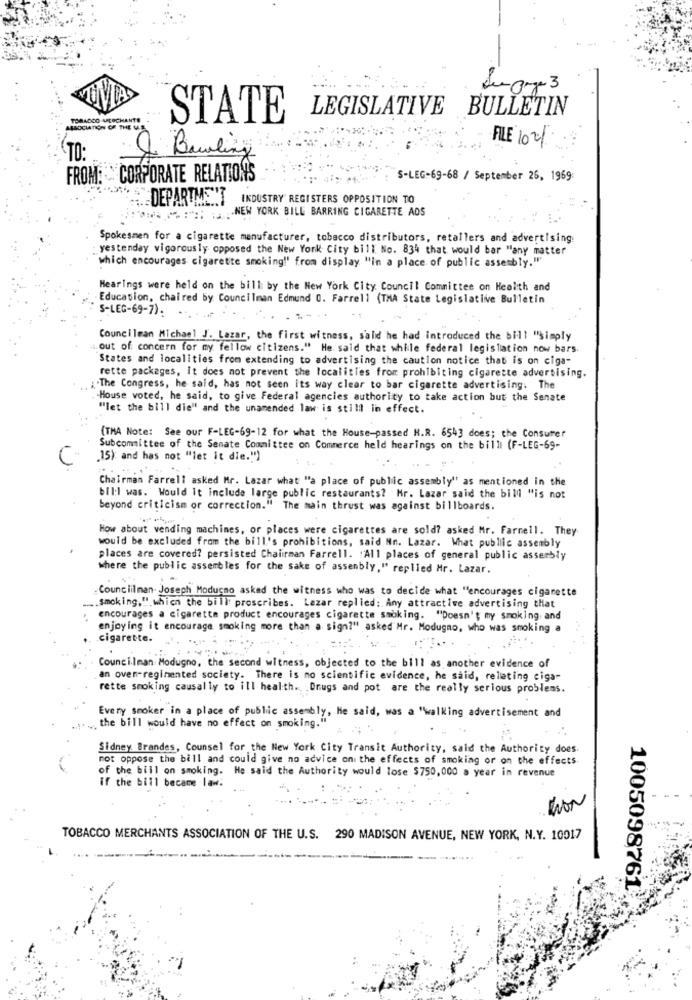
BULLETIN
TORADCO MICOCHANTE
STATE
LEGISLATIVE
ASSOCIATION OR THE ULE
FILE 1021
TO:
& Bowling
FROM: CORPORATE RELATIONS
S-LEG-69-68 / September 26, 1969:
DEPARTMENT INDUSTRY REGISTERS OPPOSITION TO
*:*; ;;- NEW YORK BILL BARRING CIGARETTE ADS
Spokesmen for a cigarette manufacturer, tobacco distributors, retailers and advertising
yestenday vigorously opposed the New York City bill No. 834 that would bar "any matter
which encourages cigarette smoking!' from display "in a place of public assembly."
HearIngs were held on the bill by the New York City Council Committee on Health and
Education, chaired by Councilman Edmund 0. Farrell (THA State Legislativve Bulletin
S-LEG-69-7):
Councilman Michael J. Lazar, the first witness, salid he had introduced the bill "simply
... out of concern for my fellow citizens." He said that while federal legislation now bars.
States and localities from extending to advertising the caution notice that is on ciga-
rette packages, It does not prevent the localities from prohibiting cigarette advertising.
;The Congress, he said, has not seen its way clear to bar cigarette advertising. The
House voted, he said, to give Federal agencies authority to take action but the Senate
"let the bill die" and the unamended law is still in effect.
(TMA Note: See our F-LEG-69-12 for what the House-passed H.R. 6543 does; the Consumer
Subcommittee of the Senate Committee on Commerce held hearings on the billi (F-LEG-69-
.15) and has not "let it die.")
Chairman Farrell asked Mr. Lazar what "a place of public assembly" as mentioned in the
bil:I was. Would It include large public restaurants? Hr. Lazar said the bill "is not
beyond criticism or correction." The main thrust was against billboards.
How about vending machines, or places were cigarettes are sold? asked Mr. Farnell. They
would be excluded from the bill's prohibitions, said Nn. Lazar. What public assembly
places are covered? persisted Chairman Farrell. 'All places of general public assembly
where the public assembles for the sake of assembly," replied Mr. Lazar.
Councilman. Joseph Modugno asked the witness who was to decide what "encourages cigarette
.... smoking," which the bill proscribes. Lezar replied: Any attractive advertising that
encourages a cigarette product encourages cigarette smoking. "Doesn't my smoking, and
enjoying it encourage smoking more than a sign?" asked Mr. Modugno, who was smoking a
cigarette.
Councilman Modugno, the second witness, objected to the bill as another evidence of
an oven-regimented society. There is no scientific evidence, he said, relating ciga-
rette smoking causally to ill health. Drugs and pot are the really serious problems.
Every smoker in a place of public assembly, He said, was a "walking advertisement and
the bill would have no effect on smoking."
Sidney Brandes, Counsel for the New York City Transit Authority, said the Authority does.
not oppose the bill and could give no advice on the effects of smoking or on the effects
of the bill on smoking. He said the Authority would lose $750,000 a year in revenue
if the bill became law.
KON
TOBACCO MERCHANTS ASSOCIATION OF THE U.S. 290 MADISON AVENUE, NEW YORK, N.Y. 10017
1005098761